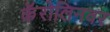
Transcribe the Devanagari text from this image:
कॅरोलिनवर